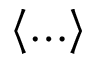
\langle \ldots \rangle